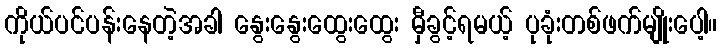
ကိုယ်ပင်ပန်းနေတဲ့အခါ နွေးနွေးထွေးထွေး မှီခွင့်ရမယ့် ပုခုံးတစ်ဖက်မျိုးပေါ့။